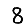
Digit: 8